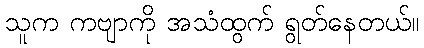
သူက ကဗျာကို အသံထွက် ရွတ်နေတယ်။